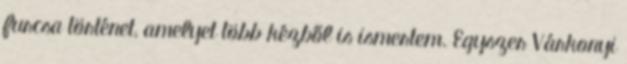
furcsa történet, amelyet több kézből is ismertem. Egyszer Várkonyi